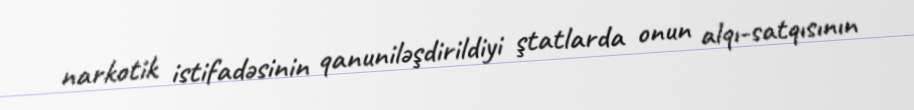
narkotik istifadəsinin qanuniləşdirildiyi ştatlarda onun alqı-satqısının